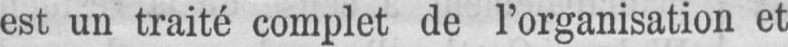
est un traité complet de l’organisation et